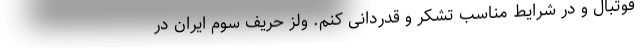
فوتبال و در شرایط مناسب تشکر و قدردانی کنم. ولز حریف سوم ایران در